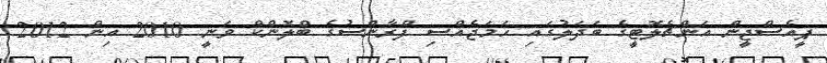
ޕީއެސްޖީން އަންޗެލޮޓީގެ ބަދަލުގައި ހަމަޖެއްސި ފްރާންސުގެ ބްލޮންކް ވަނީ 2010 އިން 2012